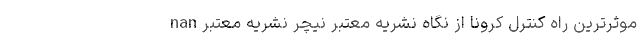
nan موثرترین راه کنترل کرونا از نگاه نشریه معتبر نیچر نشریه معتبر